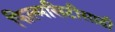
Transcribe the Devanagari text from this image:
फिल्मसिटीसाठी